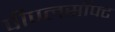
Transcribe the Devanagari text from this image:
पीपलसॉफ्ट